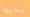
بحبها